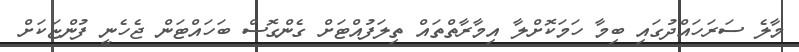
މާލެ ސަރަހައްދުގައި ބިމާ ހަމަކޮށްލާ އިމާރާތްތައް ތިލަފުއްޓަށް ގެންގޮސް ބަހައްޓަން ޖެހެނީ ފުންޏަކަށް